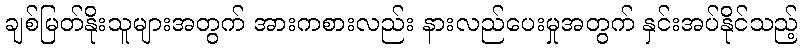
ချစ်မြတ်နိုးသူများအတွက် အားကစားလည်း နားလည်ပေးမှုအတွက် နှင်းအပ်နိုင်သည့်